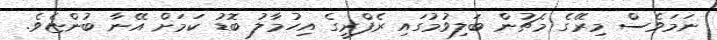
ނަމަވެސް މިރޭގެ މެޗުން ބަލިވުމުގައި ރެފްރީގެ އިހުމާލު ބޮޑު ކަމަށް އޭނާ ބުންޏެވެ.